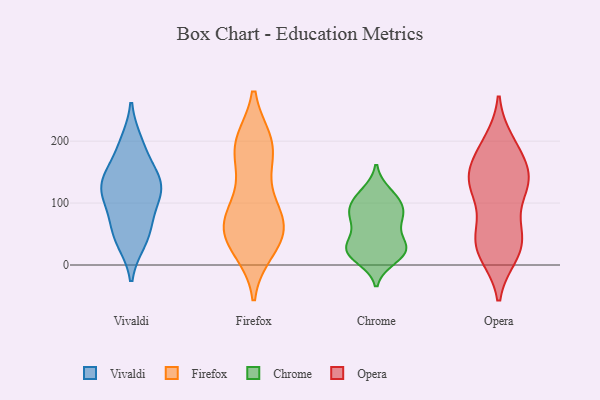
{"axis": {"x": "Gross Profit (USD K)", "y": "Value"}, "legend": ["Chrome", "Firefox", "Opera", "Vivaldi"], "data": [{"x": "", "y": 197, "type": "Vivaldi"}, {"x": "", "y": 41, "type": "Vivaldi"}, {"x": "", "y": 127, "type": "Vivaldi"}, {"x": "", "y": 59, "type": "Vivaldi"}, {"x": "", "y": 141, "type": "Vivaldi"}, {"x": "", "y": 191, "type": "Vivaldi"}, {"x": "", "y": 39, "type": "Vivaldi"}, {"x": "", "y": 107, "type": "Vivaldi"}, {"x": "", "y": 117, "type": "Vivaldi"}, {"x": "", "y": 147, "type": "Vivaldi"}, {"x": "", "y": 138, "type": "Vivaldi"}, {"x": "", "y": 112, "type": "Vivaldi"}, {"x": "", "y": 71, "type": "Vivaldi"}, {"x": "", "y": 195, "type": "Firefox"}, {"x": "", "y": 198, "type": "Firefox"}, {"x": "", "y": 29, "type": "Firefox"}, {"x": "", "y": 197, "type": "Firefox"}, {"x": "", "y": 73, "type": "Firefox"}, {"x": "", "y": 172, "type": "Firefox"}, {"x": "", "y": 44, "type": "Firefox"}, {"x": "", "y": 78, "type": "Firefox"}, {"x": "", "y": 199, "type": "Firefox"}, {"x": "", "y": 41, "type": "Firefox"}, {"x": "", "y": 80, "type": "Firefox"}, {"x": "", "y": 144, "type": "Firefox"}, {"x": "", "y": 24, "type": "Firefox"}, {"x": "", "y": 56, "type": "Firefox"}, {"x": "", "y": 99, "type": "Firefox"}, {"x": "", "y": 65, "type": "Firefox"}, {"x": "", "y": 76, "type": "Chrome"}, {"x": "", "y": 101, "type": "Chrome"}, {"x": "", "y": 23, "type": "Chrome"}, {"x": "", "y": 72, "type": "Chrome"}, {"x": "", "y": 22, "type": "Chrome"}, {"x": "", "y": 25, "type": "Chrome"}, {"x": "", "y": 15, "type": "Chrome"}, {"x": "", "y": 33, "type": "Chrome"}, {"x": "", "y": 84, "type": "Chrome"}, {"x": "", "y": 27, "type": "Chrome"}, {"x": "", "y": 38, "type": "Chrome"}, {"x": "", "y": 114, "type": "Chrome"}, {"x": "", "y": 117, "type": "Chrome"}, {"x": "", "y": 10, "type": "Chrome"}, {"x": "", "y": 88, "type": "Chrome"}, {"x": "", "y": 98, "type": "Chrome"}, {"x": "", "y": 66, "type": "Chrome"}, {"x": "", "y": 132, "type": "Opera"}, {"x": "", "y": 141, "type": "Opera"}, {"x": "", "y": 187, "type": "Opera"}, {"x": "", "y": 163, "type": "Opera"}, {"x": "", "y": 126, "type": "Opera"}, {"x": "", "y": 52, "type": "Opera"}, {"x": "", "y": 135, "type": "Opera"}, {"x": "", "y": 195, "type": "Opera"}, {"x": "", "y": 16, "type": "Opera"}, {"x": "", "y": 50, "type": "Opera"}, {"x": "", "y": 63, "type": "Opera"}, {"x": "", "y": 19, "type": "Opera"}, {"x": "", "y": 50, "type": "Opera"}, {"x": "", "y": 116, "type": "Opera"}, {"x": "", "y": 163, "type": "Opera"}, {"x": "", "y": 130, "type": "Opera"}, {"x": "", "y": 21, "type": "Opera"}, {"x": "", "y": 199, "type": "Opera"}, {"x": "", "y": 22, "type": "Opera"}, {"x": "", "y": 133, "type": "Opera"}]}